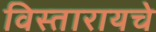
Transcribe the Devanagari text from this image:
विस्तारायचे